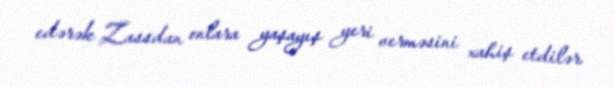
edərək Zassdan onlara yaşayış yeri verməsini xahiş etdilər.